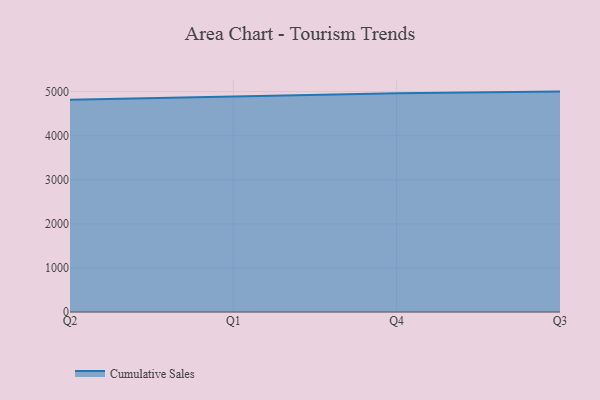
{"axis": {"x": "Quarter", "y": "Gross Profit (USD K)"}, "legend": ["Cumulative Sales"], "data": [{"x": "Q2", "y": 4814.2, "type": "Cumulative Sales"}, {"x": "Q1", "y": 4881.4, "type": "Cumulative Sales"}, {"x": "Q4", "y": 4962.4, "type": "Cumulative Sales"}, {"x": "Q3", "y": 5000, "type": "Cumulative Sales"}]}